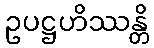
ဥပဋ္ဌဟိဿန္တိ